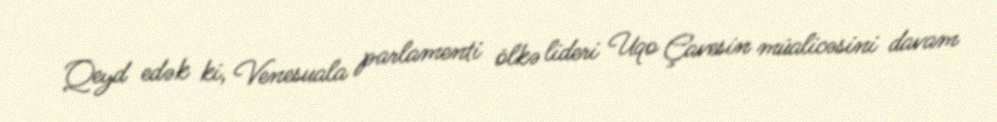
Qeyd edək ki, Venesuala parlamenti ölkə lideri Uqo Çavesin müalicəsini davam